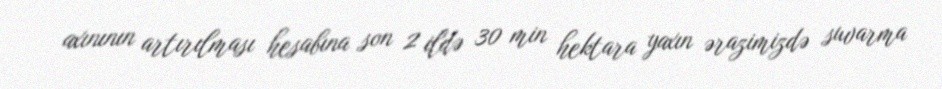
axınının artırılması hesabına son 2 ildə 30 min hektara yaxın ərazimizdə suvarma